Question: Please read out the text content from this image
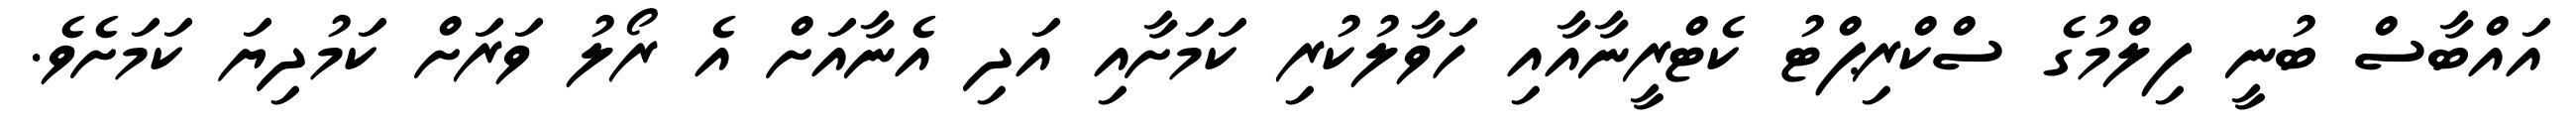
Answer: އައްބާސް ބުނީ ފިލްމުގެ ސްކްރިޕްޓު ކެޓްރީނާއާއި ހަވާލުކުރި ކަމަށާއި އަދި އެނާއަށް އެ ރޯލު ވަރަށް ކަމުދިޔަ ކަމަށެވެ.